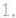
1.